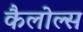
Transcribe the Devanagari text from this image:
कैलोल्स